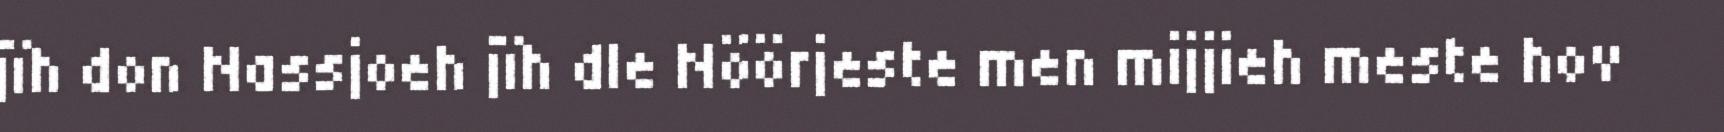
jïh don Nassjoeh jïh dle Nöörjeste men mijjieh meste hov